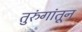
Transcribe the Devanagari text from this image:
तुरुंगांतून